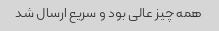
همه چیز عالی بود و سریع ارسال شد